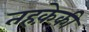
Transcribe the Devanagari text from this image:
तहक़ेक़ी